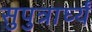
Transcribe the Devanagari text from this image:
सुपुत्रार्घ्यं